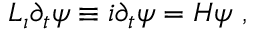
L _ { \i } \partial _ { t } \psi \equiv i \partial _ { t } \psi = H \psi ~ ,